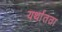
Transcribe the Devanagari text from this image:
यर्थातता